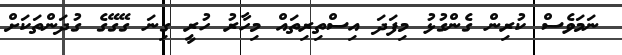
ނަމަވެސް ކުރިން ގެންގުޅު މިފަދަ އިސްތިރިތައް މިހާރު ހުރީ ގިނަ ގޭގޭގެ ގުދަންތަކަށް